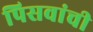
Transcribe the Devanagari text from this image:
पिसवांची